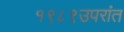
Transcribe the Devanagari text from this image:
१९८९उपरांत